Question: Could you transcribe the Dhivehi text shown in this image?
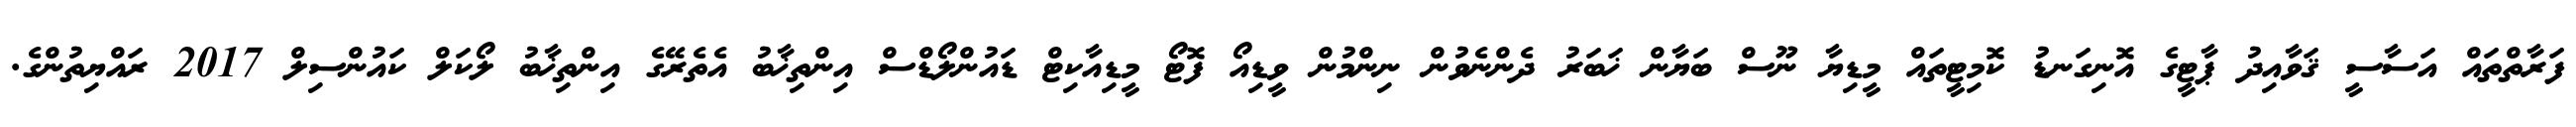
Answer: ފަރާތްތައް އަސާސީ ޤަވާއިދު ޕާޓީގެ އޮނިގަނޑު ކޮމިޓީތައް މީޑިޔާ ނޫސް ބަޔާން ޚަބަރު ދެންނެވުން ނިންމުން ވީޑިއޯ ފޮޓޯ މީޑިއާކިޓް ޑައުންލޯޑްސް އިންތިޚާބު އެތެރޭގެ އިންތިޚާބު ލޯކަލް ކައުންސިލް 2017 ރައްޔިތުންގެ.